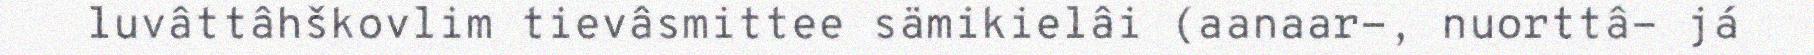
luvâttâhškovlim tievâsmittee sämikielâi (aanaar-, nuorttâ- já